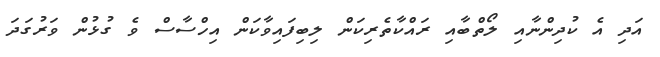
އަދި އެ ކުދިންނާއި ލޯތްބާއި ރައްކާތެރިކަން ލިބިފައިވާކަން އިހްސާސް ވެ ގުޅުން ވަރުގަދަ